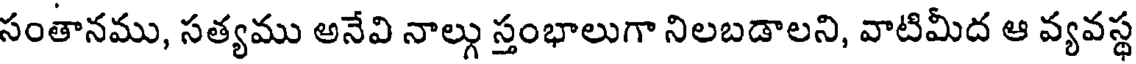
సంతానము, సత్యము అనేవి నాల్గు స్తంభాలుగా నిలబడాలని, వాటిమీద ఆ వ్యవస్థ